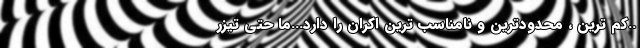
..کم ترین ، محدودترین و نامناسب ترین اکران را دارد‌...ما حتی تیزر